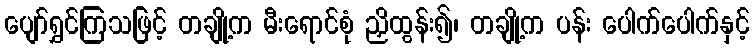
ပျော်ရွှင်ကြသဖြင့် တချို့က မီးရောင်စုံ ညှိထွန်း၍၊ တချို့က ပန်း ပေါက်ပေါက်နှင့်